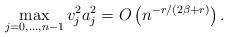
LaTeX: \begin{align*}\max_{j=0,\dots,n-1}v_j^2 a_j^2=O\left(n^{-r/(2\beta+r)}\right).\end{align*}